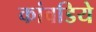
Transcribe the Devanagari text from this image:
कांवडिये